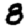
Digit: 8